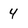
Character: 4